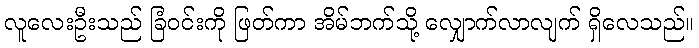
လူလေးဦးသည် ခြံဝင်းကို ဖြတ်ကာ အိမ်ဘက်သို့ လျှောက်လာလျက် ရှိလေသည်။